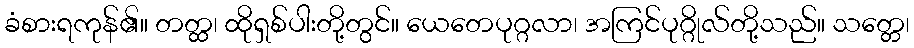
ခံစားရကုန်၏။ တတ္ထ၊ ထိုရှစ်ပါးတို့တွင်။ ယေတေပုဂ္ဂလာ၊ အကြင်ပုဂ္ဂိုလ်တို့သည်။ သတ္တေ၊